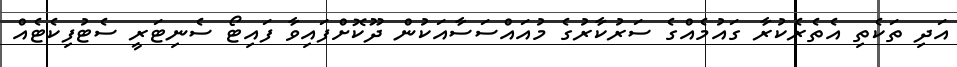
އަދި ތަކެތި އެތެރެކުރާ ގައުމެއްގެ ސަރުކާރުގެ މުއައްސަސާއަކުން ދޫކޮށްފައިވާ ފައިޓޯ ސެނިޓަރީ ސެޓުފިކެޓެއް